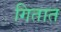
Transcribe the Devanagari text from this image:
गितात